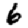
Digit: 6